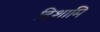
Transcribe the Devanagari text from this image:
दिशामि